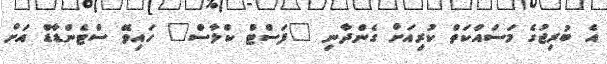
އެ ބުރިޖުގެ މަސައްކަތް ކުރިއަށް ގެންދާނި "ފަސްޓް ކްލާސް" ހައިވޭ ސްޓެންޑާޑް އަށް